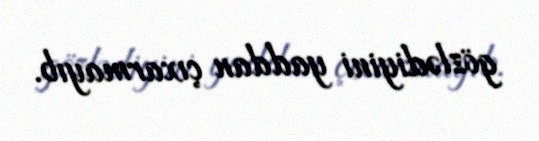
gözlədiyini yaddan çıxarmayıb.